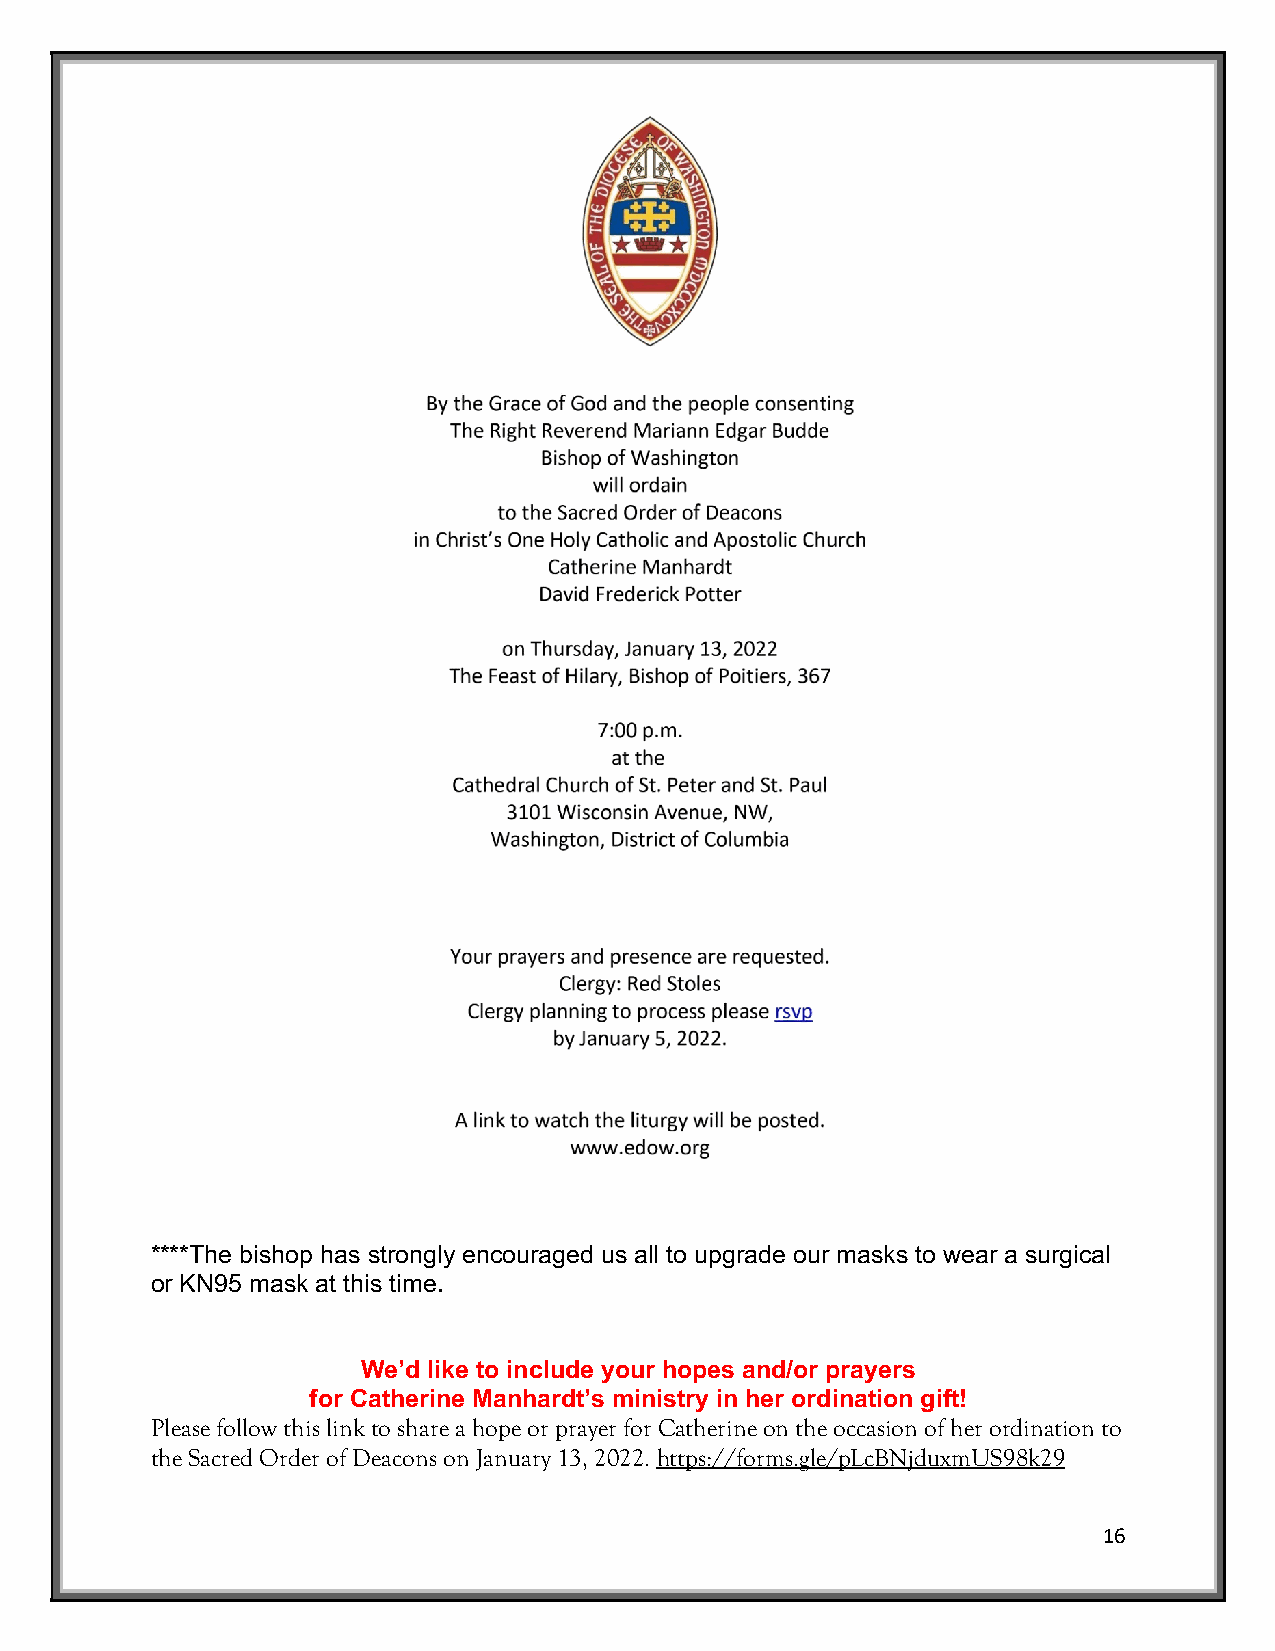
****The bishop has strongly encouraged us all to upgrade our masks to wear a surgical
 or KN95 mask at this time.
 We’d like to include your hopes and/or prayers
 for Catherine Manhardt’s ministry in her ordination gift!
 Please follow this link to share a hope or prayer for Catherine on the occasion of her ordination to
 the Sacred Order of Deacons on January 13, 2022. https://forms.gle/pLcBNjduxmUS98k29
 16